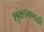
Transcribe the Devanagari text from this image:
शुक्लगण्डकी